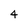
Character: 4